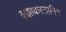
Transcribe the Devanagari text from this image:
कझाकस्तानिम